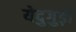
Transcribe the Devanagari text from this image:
येदुगुड़ी